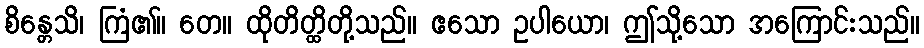
စိန္တေသိ၊ ကြံ၏။ တေ။ ထိုတိတ္ထိတို့သည်။ ဧသော ဥပါယော၊ ဤသို့သော အကြောင်းသည်။